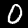
Digit: 0